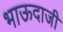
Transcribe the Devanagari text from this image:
भाऊदाजी